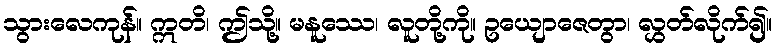
သွားလေကုန်။ ဣတိ၊ ဤသို့။ မနူဿေ၊ လူတို့ကို။ ဥယျောဇေတွာ၊ လွှတ်လိုက်၍။